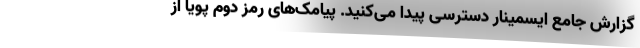
گزارش جامع ایسمینار دسترسی پیدا می‌کنید. پیامک‌های رمز دوم پویا از